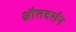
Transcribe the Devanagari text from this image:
श्रौतदर्शन